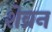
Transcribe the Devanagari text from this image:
शेव्रन